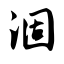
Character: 涸